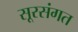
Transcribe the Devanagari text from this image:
सूरसंगत